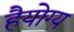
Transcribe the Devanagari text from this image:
हैयोग्य